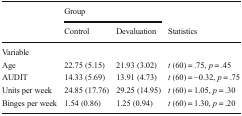
|  | <COLSPAN=2> Group |  |
 |  | Control | Devaluation | Statistics |
 | --- | --- | --- | --- |
 | <COLSPAN=4> Variable |
 | Age | 22.75 (5.15) | 21.93 (3.02) | t (60) = .75, p = .45 |
 | AUDIT | 14.33 (5.69) | 13.91 (4.73) | t (60) = −0.32, p = .75 |
 | Units per week | 24.85 (17.76) | 29.25 (14.95) | t (60) = 1.05, p = .30 |
 | Binges per week | 1.54 (0.86) | 1.25 (0.94) | t (60) = 1.30, p = .20 |